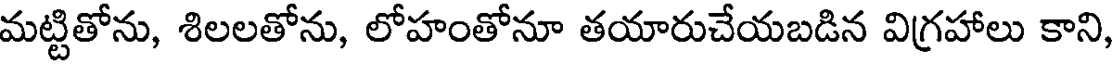
మట్టితోను, శిలలతోను, లోహంతోనూ తయారుచేయబడిన విగ్రహాలు కాని,